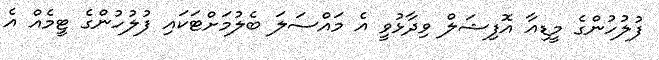
ފުލުހުންގެ މީޑިއާ އޮފިޝަލް ވިދާޅުވީ އެ މައްސަލަ ބެލުމަށްޓަކައި ފުލުހުންގެ ޓީމެއް އެ